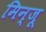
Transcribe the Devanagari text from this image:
मिन्जू